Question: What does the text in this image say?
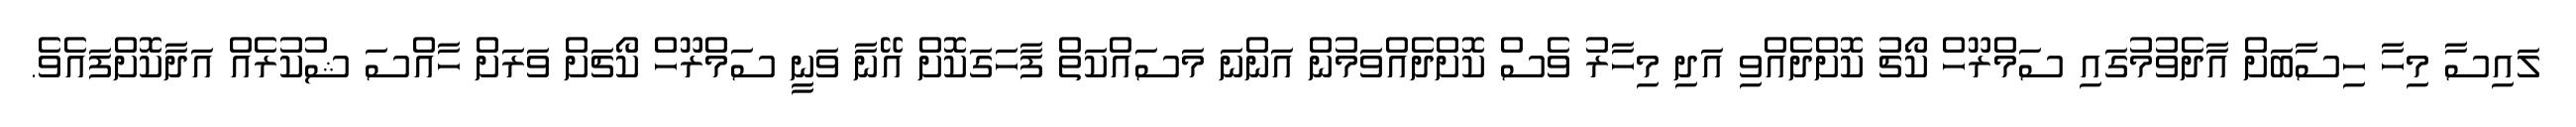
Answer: ލައިސާ މިހާ ހިސާބަށް އާދެވުމުގައި ސަމްރޫހް ކޯޗު ކޮށްދެއްވި އަދި މިހާރު ވެސް ކޮށްދެއްވަމުން އަންނަ މަސައްކަތް ފާހަގަކޮށް އޭނާ ވަނީ ސަމްރޫހް ކޯޗަށް ވަރަށް ހާއްސަ ޝުކުރެއް އަދާކޮށްފައެވެ.